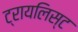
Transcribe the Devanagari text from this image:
ट्रायलिस्ट